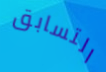
التسابق